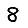
Digit: 8